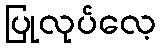
ပြုလုပ်လေ့